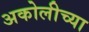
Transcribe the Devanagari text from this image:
अकोलीच्या